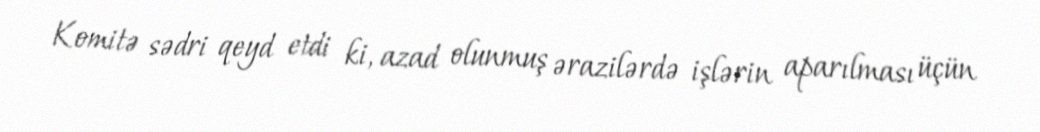
Komitə sədri qeyd etdi ki, azad olunmuş ərazilərdə işlərin aparılması üçün